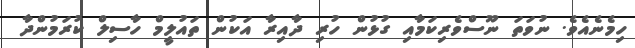
ހިމެނެއެވެ. ނުވަތަ ނޫސްވެރިކަމާއި ގުޅުން ހުރި ދާއިރާ އަކުން ތައުލީމް ހާސިލް ކުރަމުންދާ